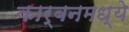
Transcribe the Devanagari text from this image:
कार्बनमध्ये